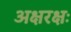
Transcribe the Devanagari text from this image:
अक्षरक्षः